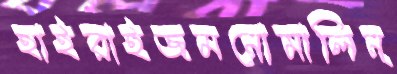
হাইরাইজমনোমালিন্